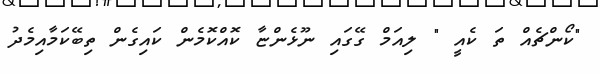
"ކޯންޗެއް ތަ ކެއީ " ލިއަމް ގޭގައި ނޫޅެންޏާ ކޮއްކޮމެން ކައިގެން ތިބޭކަމާއިމެދު